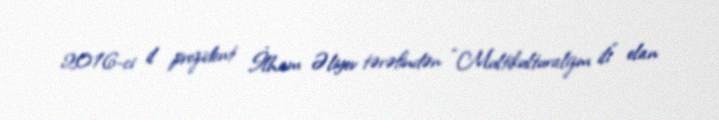
2016-ci il prezident İlham Əliyev tərəfindən “Multikulturalizm ili” elan